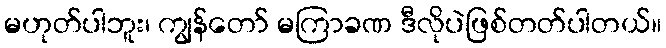
မဟုတ်ပါဘူး၊ ကျွန်တော် မကြာခဏ ဒီလိုပဲဖြစ်တတ်ပါတယ်။